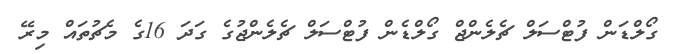
ގޯލްޑަން ފުޓްސަލް ޗެލެންޖް ގޯލްޑެން ފުޓްސަލް ޗެލެންޖުގެ ގަދަ 16ގެ މެޗުތައް މިރޭ